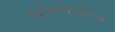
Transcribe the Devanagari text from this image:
९८९००६२३५७